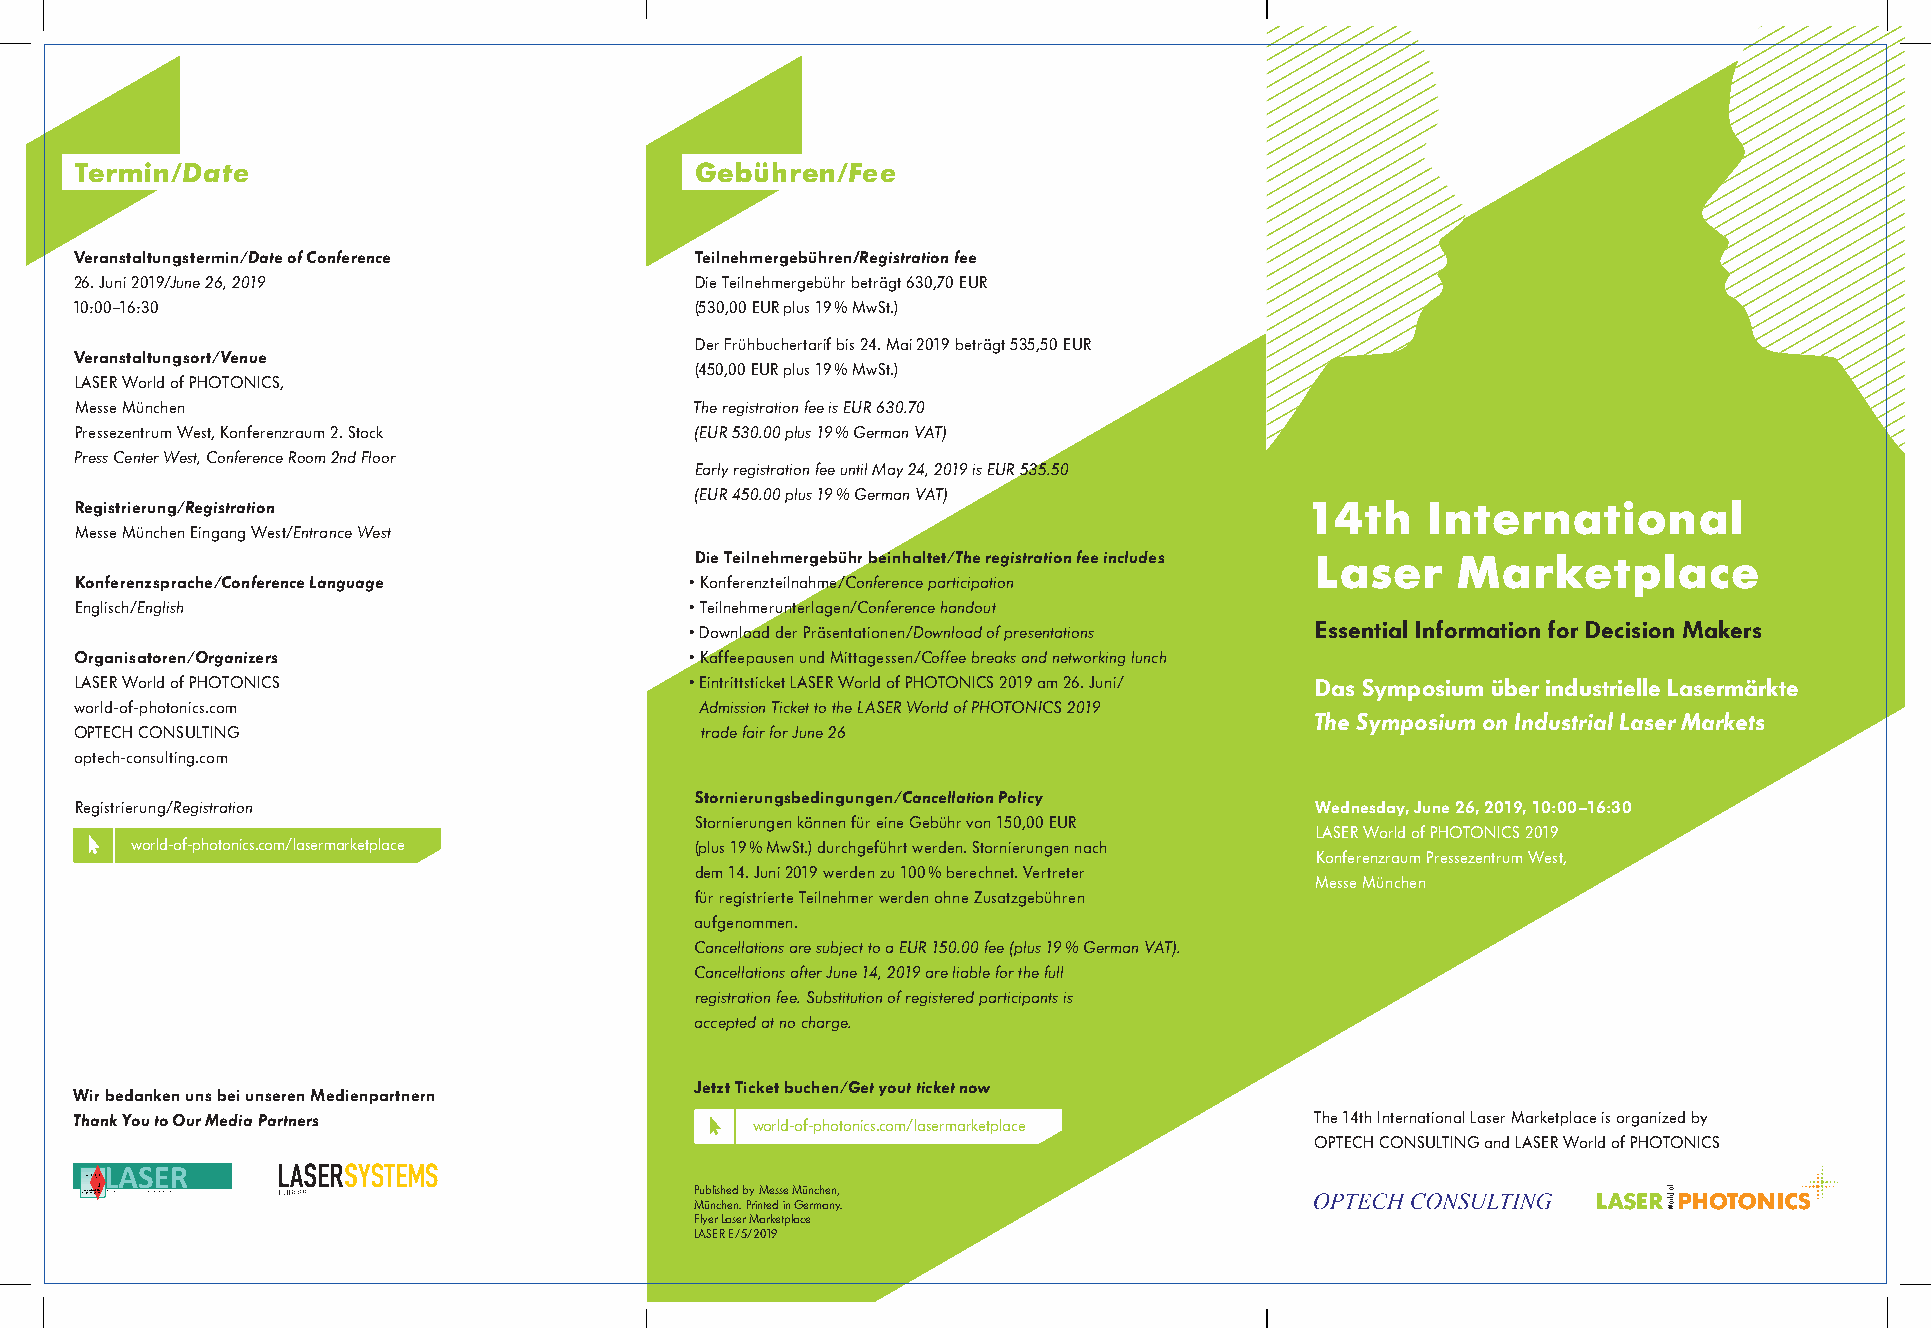
Termin/Date                              Gebühren/Fee
 Veranstaltungstermin/Date of Conference  Teilnehmergebühren/Registration fee
 26. Juni 2019/June 26, 2019              Die Teilnehmergebühr beträgt 630,70 EUR
 10:00–16:30                              (530,00 EUR plus 19 % MwSt.)
 Der Frühbuchertarif bis 24. Mai 2019 beträgt 535,50 EUR
 Veranstaltungsort/Venue
 (450,00 EUR plus 19 % MwSt.)
 LASER World of PHOTONICS,
 Messe München                            The registration fee is EUR630.70
 Pressezentrum West, Konferenzraum 2. Stock (EUR530.00 plus 19 % German VAT)
 Press Center West, Conference Room 2nd Floor
 Early registration fee until May 24, 2019 is EUR535.50
 (EUR450.00 plus 19 % German VAT)
 Registrierung/Registration                                                       14th    International
 Messe München Eingang West/Entrance West
 Die Teilnehmergebühr beinhaltet/The registration fee includes Laser Marketplace
 Konferenzsprache/Conference Language     • Konferenzteilnahme/Conference participation
 Englisch/English                         • Teilnehmerunterlagen/Conference handout
 • Download der Präsentationen/Download of presentations Essential Information for Decision Makers
 Organisatoren/Organizers                 • Kaffeepausen und Mittagessen/Coffee breaks and networking lunch
 LASER World of PHOTONICS                 • Eintrittsticket LASER World of PHOTONICS 2019 am 26. Juni/ Das Symposium über industrielle Lasermärkte
 world-of-photonics.com                   Admission Ticket to the LASER World of PHOTONICS 2019
 The Symposium on Industrial Laser Markets
 OPTECH CONSULTING                        trade fair for June 26
 optech-consulting.com
 Stornierungsbedingungen/Cancellation Policy
 Registrierung/Registration                                                        Wednesday, June 26, 2019, 10:00–16:30
 Stornierungen können für eine Gebühr von 150,00 EUR
 LASER World of PHOTONICS 2019
 world-of-photonics.com/lasermarketplace (plus 19 % MwSt.) durchgeführt werden. Stornierungen nach
 Konferenzraum Pressezentrum West,
 dem 14. Juni 2019 werden zu 100 % berechnet. Vertreter
 Messe München
 für registrierte Teilnehmer werden ohne Zusatzgebühren
 aufgenommen.
 Cancellations are subject to a EUR 150.00 fee (plus 19 % German VAT).
 Cancellations after June 14, 2019 are liable for the full
 registration fee. Substitution of registered participants is
 accepted at no charge.
 Jetzt Ticket buchen/Get yout ticket now
 Wir bedanken uns bei unseren Medienpartnern
 Thank You to Our Media Partners              world-of-photonics.com/lasermarketplace The 14th International Laser Marketplace is organized by
 OPTECH CONSULTING and LASER World of PHOTONICS
 Published by Messe München,
 München. Printed in Germany.
 Flyer Laser Marketplace
 LASER E/5/2019